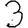
Digit: 3